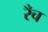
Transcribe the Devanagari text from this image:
रँच